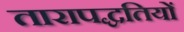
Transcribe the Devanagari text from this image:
तारापद्धतियों